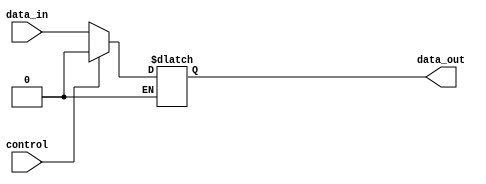
module bidirectional_buffer (
    input wire data_in,
    input wire control,
    output reg data_out
);

always @ (data_in, control)
begin
    if (control == 1'b0) // Data flow from input to output
        data_out <= data_in;
    else if (control == 1'b1) // Data flow from output to input
        data_out <= 1'b0; // Place holder for logic to read data_out
end

endmodule